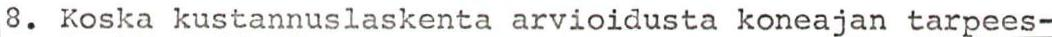
8. Koska kustannuslaskenta arvioidusta koneajan tarpees-